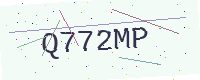
Text: Q772MP